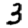
Digit: 3